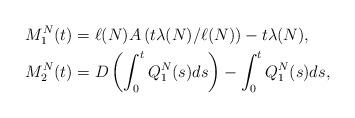
LaTeX: \begin{align*}M^N_1(t)&=\ell(N)A\left(t\lambda(N)/\ell(N)\right)-t\lambda(N),\\M^N_2(t)&=D\left(\int_0^tQ_1^N(s)ds\right)-\int_0^tQ_1^N(s)ds,\end{align*}